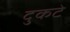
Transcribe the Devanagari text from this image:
दुकटे